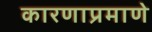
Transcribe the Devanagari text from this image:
कारणाप्रमाणे